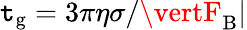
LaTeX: \mathtt{t}_{\mathrm{{g}}}=3\pi\eta\sigma/\vertF_{\mathrm{{B}}}\vert